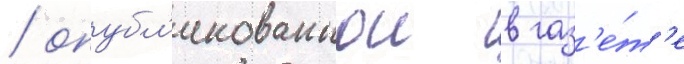
/ опубл'икованнои в газ'е́т'е